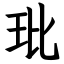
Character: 玭